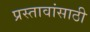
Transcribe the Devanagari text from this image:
प्रस्तावांसाठी